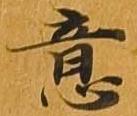
意